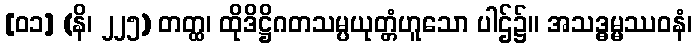
[၀၁] (နိ၊ ၂၂၅) တတ္ထ၊ ထိုဒိဋ္ဌိဂတသမ္ပယုတ္တံဟူသော ပါဌ်၌။ အသဒ္ဓမ္မဿဝနံ၊